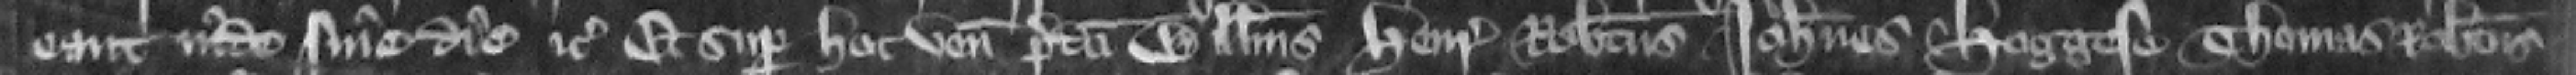
eant inde sine die etc. Et super hoc veniunt predicti Willelmus Henricus Robertus Tohannes Hoggese Thomas Robertus